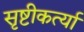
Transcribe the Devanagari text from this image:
सृष्टीकर्त्या